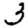
Digit: 3